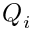
Q _ { i }